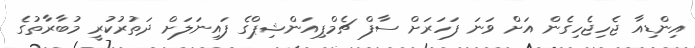
އިންޑިއާ ޖެހިޖެހިގެން އަށް ވަނަ ފަހަރަށް ސާފް ޗެމްޕިއަންޝިޕްގެ ފައިނަލަށް ދަތުރުކުރީ މުބާރާތުގެ